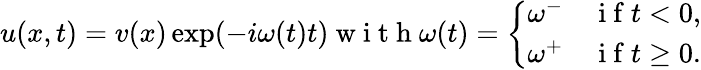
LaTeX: \begin{array}{r}{u(x,t)=v(x)\exp(-i\omega(t)t)\mathrm{~w~i~t~h~}\omega(t)=\left\{ \begin{array}{ll}{\omega^{-}}&{\mathrm{~i~f~}t<0,}\\ {\omega^{+}}&{\mathrm{~i~f~}t\geq 0.}\end{array}\right.}\end{array}